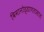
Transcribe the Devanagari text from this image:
विमानोड्डाणतासात